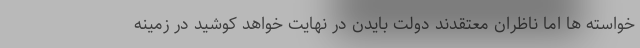
خواسته ها اما ناظران معتقدند دولت بایدن در نهایت خواهد کوشید در زمینه